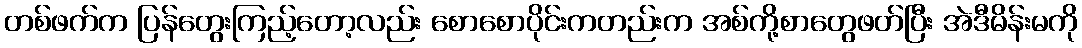
တစ်ဖက်က ပြန်တွေးကြည့်တော့လည်း စောစောပိုင်းကတည်းက အစ်ကို့စာတွေဖတ်ပြီး အဲဒီမိန်းမကို